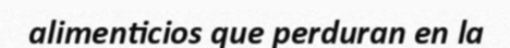
alimenticios que perduran en la